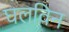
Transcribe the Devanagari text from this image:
घलविन